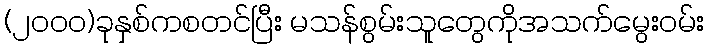
(၂၀၀၀)ခုနှစ်ကစတင်ပြီး မသန်စွမ်းသူတွေကိုအသက်မွေးဝမ်း